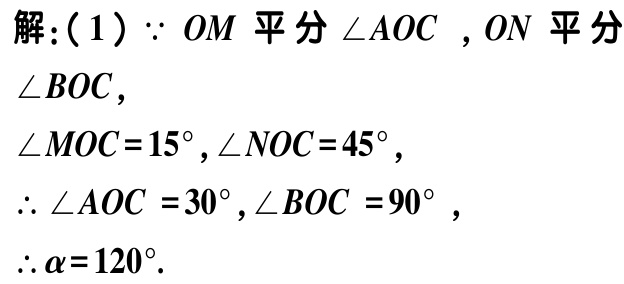
解：(1) $\because OM$ 平分 $\angle AOC$ ，$ON$ 平分 $\angle BOC$，

$\angle MOC = 15^{\circ}, \angle NOC = 45^{\circ}$，

$\therefore \angle AOC = 30^{\circ}, \angle BOC = 90^{\circ}$，

$\therefore \alpha = 120^{\circ}$.